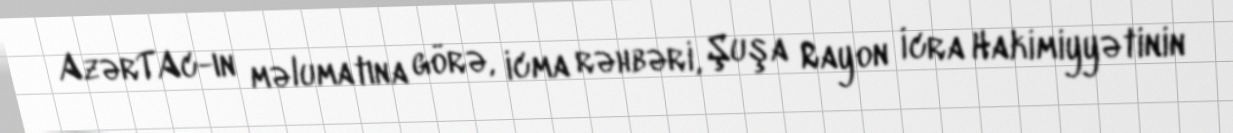
AzərTAc-ın məlumatına görə, icma rəhbəri, Şuşa Rayon İcra Hakimiyyətinin